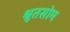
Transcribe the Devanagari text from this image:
श्रुतसोम